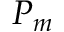
P _ { m }